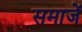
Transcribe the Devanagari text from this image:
समाजें